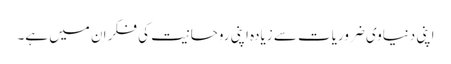
اپنی دنیاوی ضروریات سے زیادہ اپنی روحانیت کی فکر ان میں ہے۔